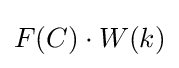
F(C)\cdot W(k)